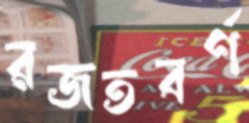
রজতবর্ণ